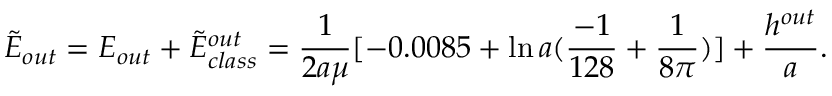
\tilde { E } _ { o u t } = E _ { o u t } + \tilde { E } _ { c l a s s } ^ { o u t } = \frac { 1 } { 2 a \mu } [ - 0 . 0 0 8 5 + \ln a ( \frac { - 1 } { 1 2 8 } + \frac { 1 } { 8 \pi } ) ] + \frac { h ^ { o u t } } { a } .